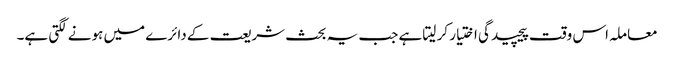
معاملہ اس وقت پیچیدگی اختیار کر لیتا ہے جب یہ بحث شریعت کے دائرے میں ہونے لگتی ہے۔